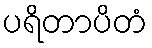
ပရိတာပိတံ